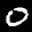
Label: 0